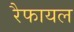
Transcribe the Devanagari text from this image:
रैफायल